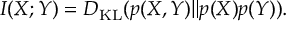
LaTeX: I ( X ; Y ) = D _ { \mathrm { K L } } ( p ( X , Y ) \| p ( X ) p ( Y ) ) .